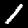
Digit: 1